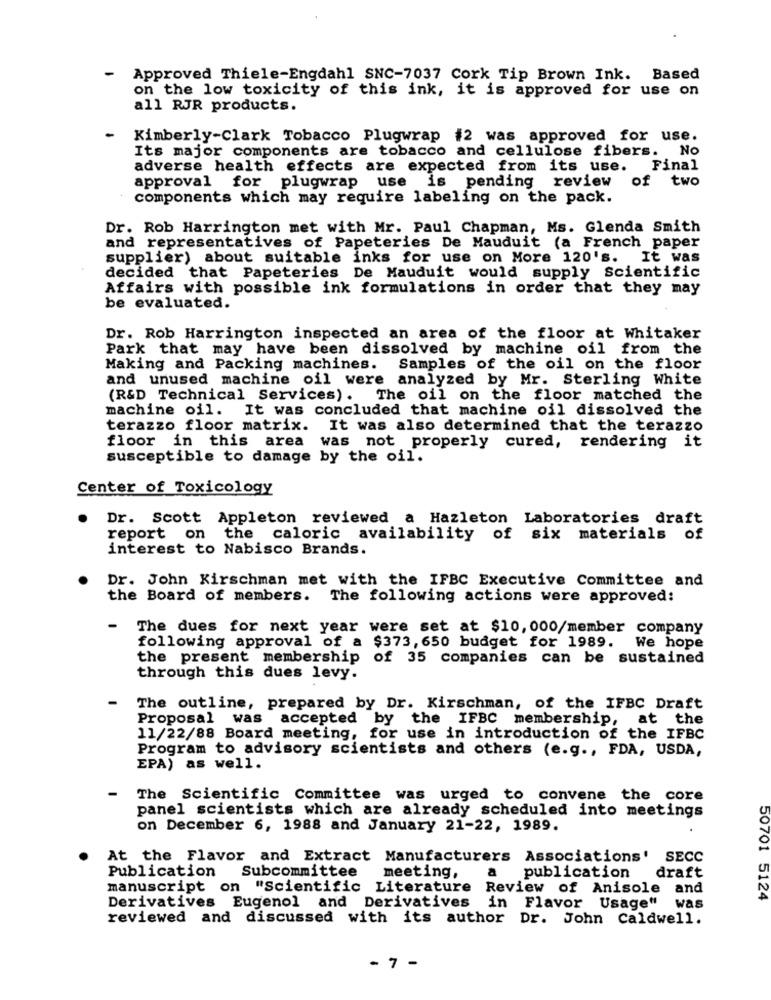
-
Approved Thiele-Engdahl SNC-7037 Cork Tip Brown Ink. Based
on the low toxicity of this ink, it is approved for use on
all RJR products.
- Kimberly-Clark Tobacco Plugwrap #2 was approved for use.
Its major components are tobacco and cellulose fibers. No
adverse health effects are expected from its use. Final
approval for plugwrap use is pending review of two
components which may require labeling on the pack.
Dr. Rob Harrington met with Mr. Paul Chapman, Ms. Glenda Smith
and representatives of Papeteries De Mauduit (a French paper
supplier) about suitable inks for use on More 120's. It was
decided that Papeteries De Mauduit would supply Scientific
Affairs with possible ink formulations in order that they may
be evaluated.
Dr. Rob Harrington inspected an area of the floor at Whitaker
Park that may have been dissolved by machine oil from the
Making and Packing machines.
Samples of the oil on the floor
and unused machine oil were analyzed by Mr. Sterling White
(R&D Technical Services). The oil on the floor matched the
machine oil. It was concluded that machine oil dissolved the
terazzo floor matrix. It was also determined that the terazzo
floor in this area was not properly cured, rendering it
susceptible to damage by the oil.
Center of Toxicology
Dr. Scott Appleton reviewed a Hazleton Laboratories draft
report on the caloric availability of six materials of
interest to Nabisco Brands.
Dr. John Kirschman met with the IFBC Executive Committee and
the Board of members. The following actions were approved:
The dues for next year were set at $10, 000/member company
following approval of a $373, 650 budget for 1989. We hope
the present membership of 35 companies can be sustained
through this dues levy.
-
The outline, prepared by Dr. Kirschman, of the IFBC Draft
Proposal was accepted by the IFBC membership, at the
11/22/88 Board meeting, for use in introduction of the IFBC
Program to advisory scientists and others (e.g ., FDA, USDA,
EPA) as well.
The Scientific Committee was urged to convene the core
panel scientists which are already scheduled into meetings
on December 6, 1988 and January 21-22, 1989.
At the Flavor and Extract Manufacturers Associations' SECC
Publication
draft
Subcommittee
meeting,
publication
manuscript on "Scientific Literature Review of Anisole and
50701 5124
Derivatives Eugenol and Derivatives in Flavor Usage"
Was
reviewed and discussed with its author Dr. John Caldwell.
- 7 -